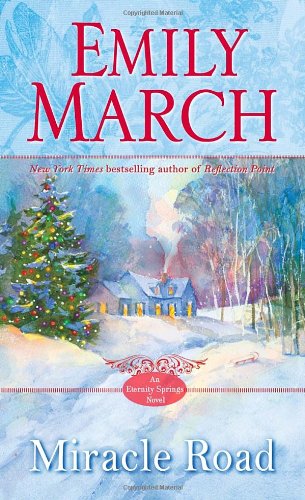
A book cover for Miracle Road: An Eternity Springs Novel; Emily March; Romance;